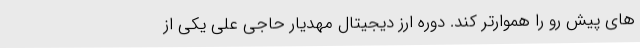
های پیش رو را هموارتر کند. دوره ارز دیجیتال مهدیار حاجی علی یکی از